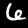
Label: 6